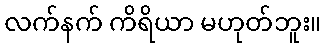
လက်နက် ကိရိယာ မဟုတ်ဘူး။